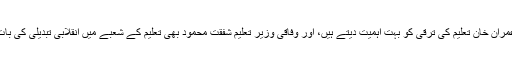
وزیراعظم عمران خان تعلیم کی ترقی کو بہت اہمیت دیتے ہیں، اور وفاقی وزیر تعلیم شفقت محمود بھی تعلیم کے شعبے میں انقلابی تبدیلی کی بات کرتے ہیں۔